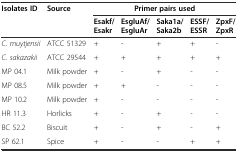
<table><thead><tr><td rowspan="2"><b>Isolates ID</b></td><td rowspan="2"><b>Source</b></td><td colspan="5"><b>Primer pairs used</b></td></tr><tr><td><b>Esakf/Esakr</b></td><td><b>EsgluAf/EsgluAr</b></td><td><b>Saka1a/Saka2b</b></td><td><b>ESSF/ESSR</b></td><td><b>ZpxF/ZpxR</b></td></tr></thead><tbody><tr><td><i>C. muytjensii</i></td><td>ATCC 51329</td><td>+</td><td>-</td><td>+</td><td>+</td><td>-</td></tr><tr><td><i>C. sakazakii</i></td><td>ATCC 29544</td><td>+</td><td>+</td><td>+</td><td>+</td><td>+</td></tr><tr><td>MP 04.1</td><td>Milk powder</td><td>+</td><td>-</td><td>+</td><td>-</td><td>-</td></tr><tr><td>MP 08.5</td><td>Milk powder</td><td>+</td><td>+</td><td>-</td><td>-</td><td>-</td></tr><tr><td>MP 10.2</td><td>Milk powder</td><td>+</td><td>-</td><td>-</td><td>-</td><td>-</td></tr><tr><td>HR 11.3</td><td>Horlicks</td><td>+</td><td>-</td><td>+</td><td>-</td><td>-</td></tr><tr><td>BC 52.2</td><td>Biscuit</td><td>+</td><td>-</td><td>+</td><td>-</td><td>+</td></tr><tr><td>SP 62.1</td><td>Spice</td><td>+</td><td>-</td><td>-</td><td>+</td><td>+</td></tr></tbody></table>